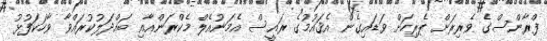
ފްރާންސްގެ ވެރިރަށް ޕެރިހަށް ވަޑައިގެން އެޤައުމުގެ ރައީސް އެމަނުއެލް މެކްރަންއާއި ބައްދަލުކުރައްވާ ވާހަކަފުޅު